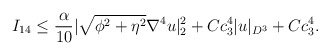
\begin{align*}I_{14}\leq \frac{\alpha}{10}|\sqrt{\phi^2+\eta^2} \nabla^4 u|^2_2+ Cc^4_3 |u|_{D^3}+Cc^{4}_3.\end{align*}